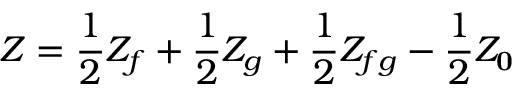
Z = { \frac { 1 } { 2 } } Z _ { f } + { \frac { 1 } { 2 } } Z _ { g } + { \frac { 1 } { 2 } } Z _ { f g } - { \frac { 1 } { 2 } } Z _ { \bf 0 }